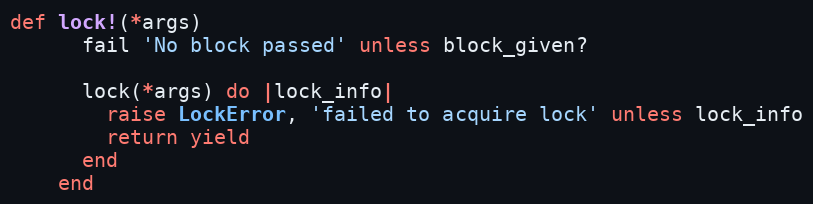
Language: Ruby
def lock!(*args)
      fail 'No block passed' unless block_given?

      lock(*args) do |lock_info|
        raise LockError, 'failed to acquire lock' unless lock_info
        return yield
      end
    end